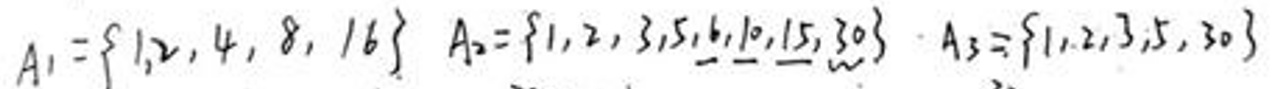
\[
A_1 = \{1, 2, 4, 8, 16\}, \quad A_2 = \{1, 2, 3, 5, 6, 10, 15, 30\}, \quad A_3 = \{1, 2, 3, 5, 30\}
\]